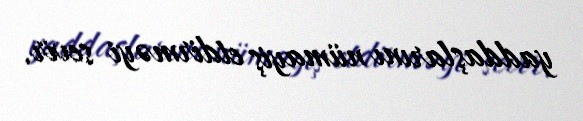
yaddaşlarını nümayiş etdirməyi sevir.